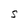
Character: S